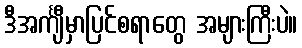
ဒီအင်္ကျီမှာပြင်စရာတွေ အများကြီးပဲ။